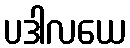
ပဒါလယေ